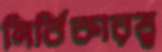
নির্বিকারত্ব